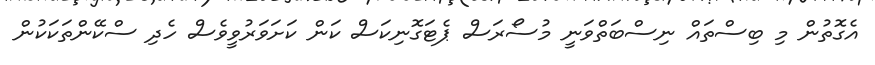
އެގޮތުން މި ބިސްތައް ނިސްބަތްވަނީ މުސޯރަސް ޕެޓަގޮނިކަސް ކަން ކަށަވަރުވީވެސް ހެދި ސްކޭންތަކަކުން